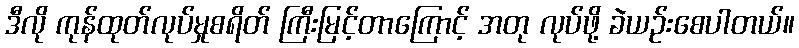
ဒီလို ကုန်ထုတ်လုပ်မှုစရိတ် ကြီးမြင့်တာကြောင့် အတု လုပ်ဖို့ ခဲယဉ်းစေပါတယ်။